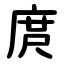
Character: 庹